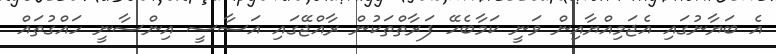
އެ ބަޔާނުގައި އެޖަމިއްޔާއިން ވަނީ ކަމާބެހޭ ފަރާތްތަކުން ރާއްޖޭގައި އަސާސީ އިންސާނީ ހައްގުތައް